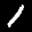
Label: 1